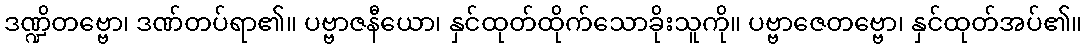
ဒဏ္ဍိတဗ္ဗော၊ ဒဏ်တပ်ရာ၏။ ပဗ္ဗာဇနီယော၊ နှင်ထုတ်ထိုက်သောခိုးသူကို။ ပဗ္ဗာဇေတဗ္ဗော၊ နှင်ထုတ်အပ်၏။